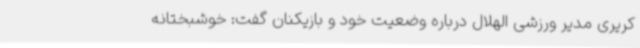
کریری مدیر ورزشی الهلال درباره وضعیت خود و بازیکنان گفت: خوشبختانه